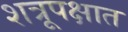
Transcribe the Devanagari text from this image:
शत्रूपक्षात